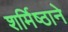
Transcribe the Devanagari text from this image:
शर्मिष्ठाने